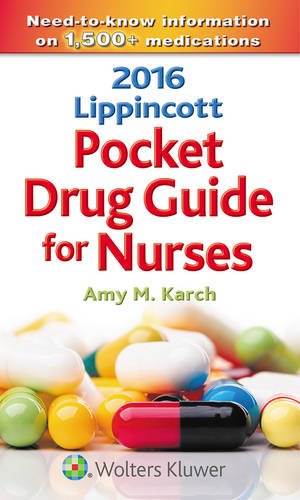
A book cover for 2016 Lippincott Pocket Drug Guide for Nurses; Amy M. Karch RN  MS; Medical Books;